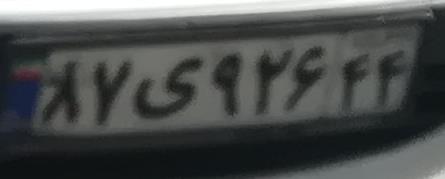
۸۷ی۹۲۶۴۴